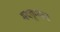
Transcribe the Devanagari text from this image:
मदकूघाट